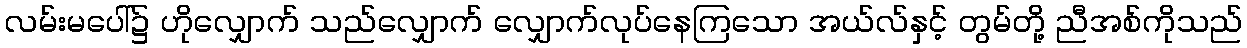
လမ်းမပေါ်၌ ဟိုလျှောက် သည်လျှောက် လျှောက်လုပ်နေကြသော အယ်လ်နှင့် တွမ်တို့ ညီအစ်ကိုသည်